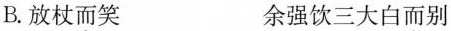
B.放杖而笑 余强饮三大白而别